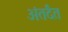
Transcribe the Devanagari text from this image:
अंतर्दंत